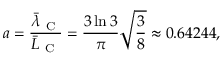
a = \frac { \bar { \lambda } _ { \mathrm { ~ C ~ } } } { \bar { L } _ { \mathrm { ~ C ~ } } } = \frac { 3 \ln 3 } { \pi } \sqrt { \frac { 3 } { 8 } } \approx 0 . 6 4 2 4 4 ,